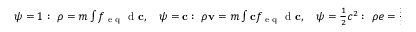
\begin{array} { r } { \psi = 1 : \ \rho = m \int f _ { \textrm { e q } } \textrm { d } \mathbf c , \quad \psi = \mathbf c : \ \rho \mathbf v = m \int \mathbf c f _ { \textrm { e q } } \textrm { d } \mathbf c , \quad \psi = \frac { 1 } { 2 } c ^ { 2 } : \ \rho e = \frac { 3 } { 2 } \rho T = \frac { m } { 2 } \int ( \mathbf c - \mathbf v ) ^ { 2 } f _ { \textrm { e q } } \textrm { d } \mathbf c , } \end{array}